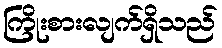
ကြိုးစားလျက်ရှိသည်